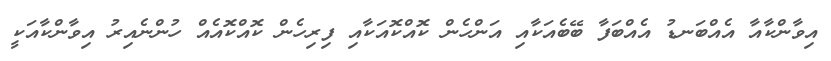
އިވާންކާއާ އެއްބަނޑު އެއްބަފާ ބޭބެއަކާއި އަންހެން ކޮއްކޮއަކާއި ފިރިހެން ކޮއްކޮއެއް ހުންނެއިރު އިވާންކާއަކީ